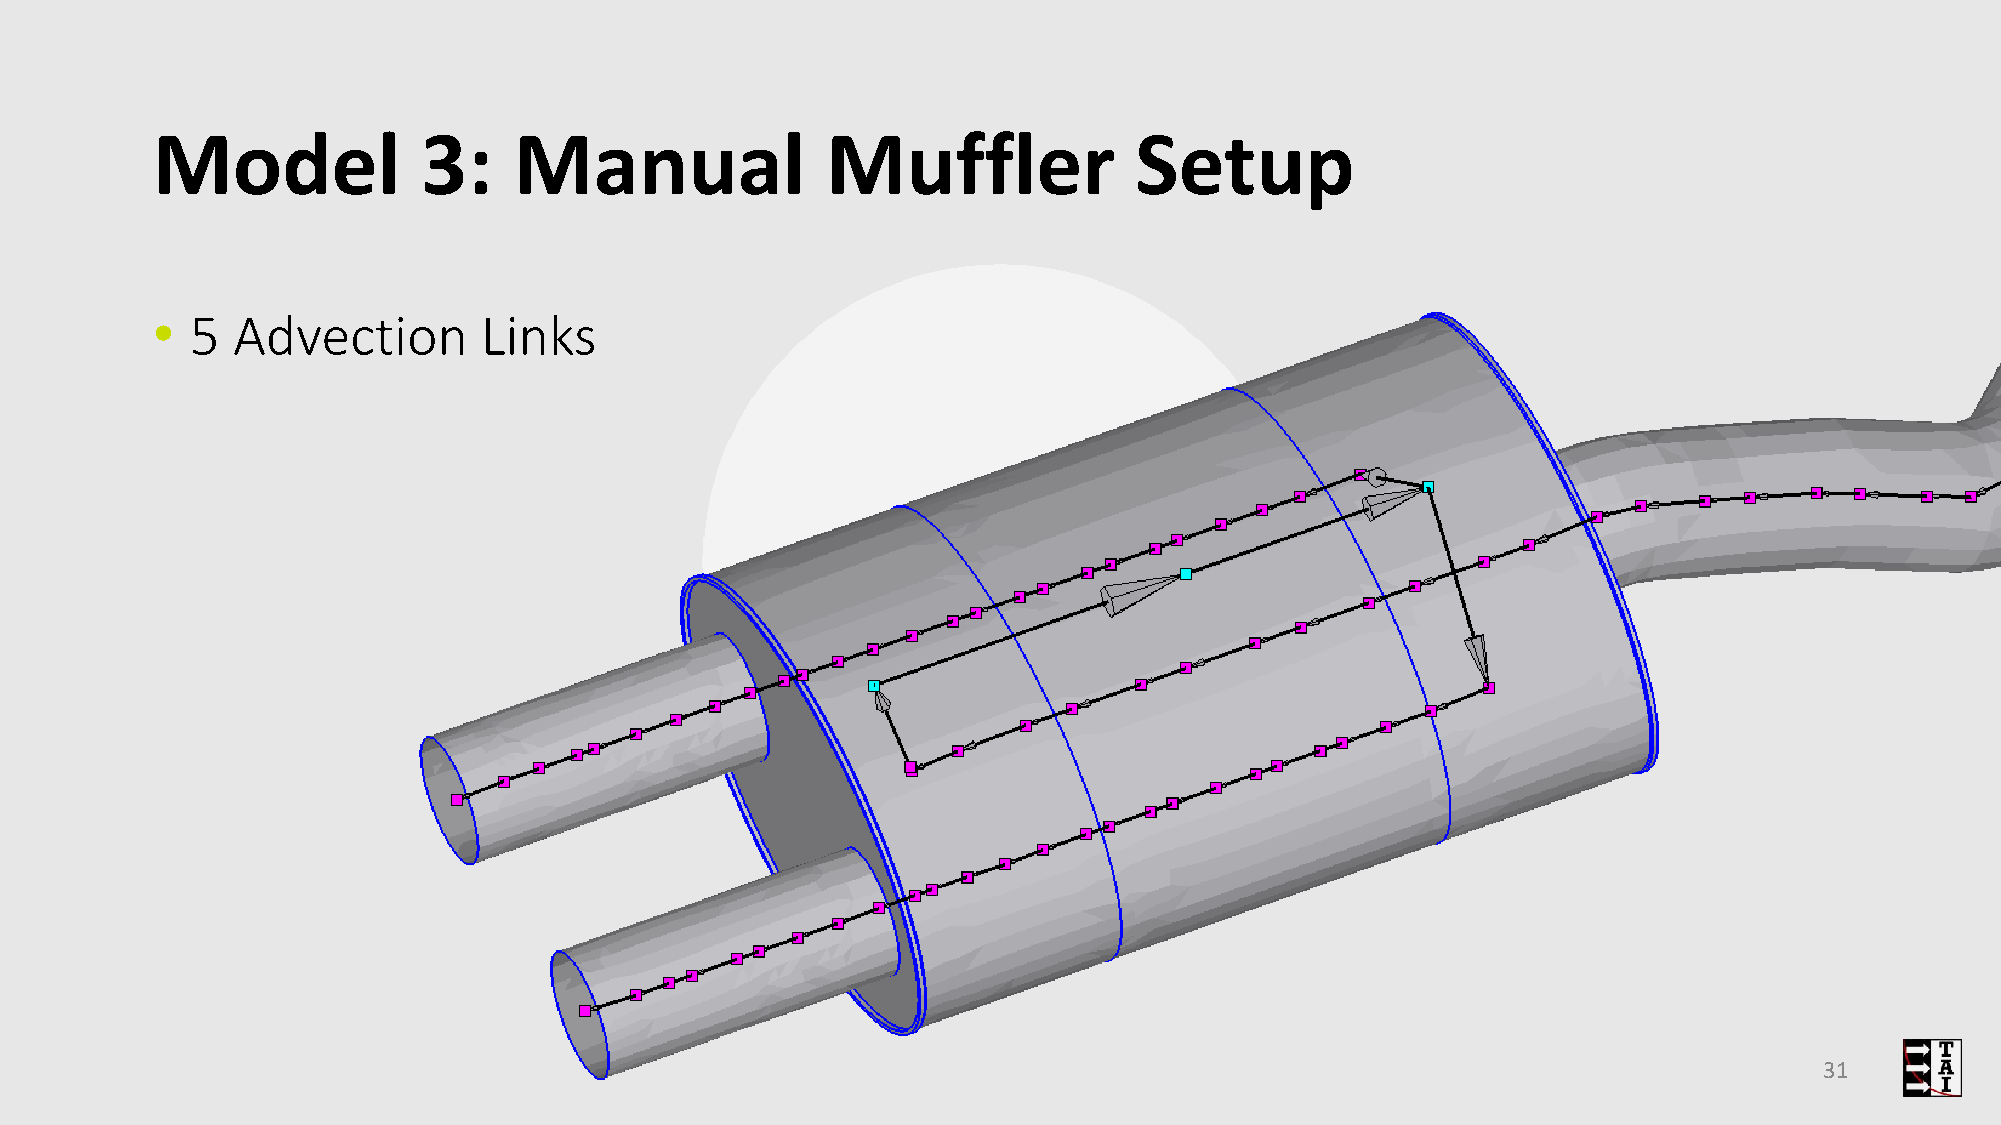
Model             3:    Manual               Muffler             Setup
 •  5 Advection        Links
 31